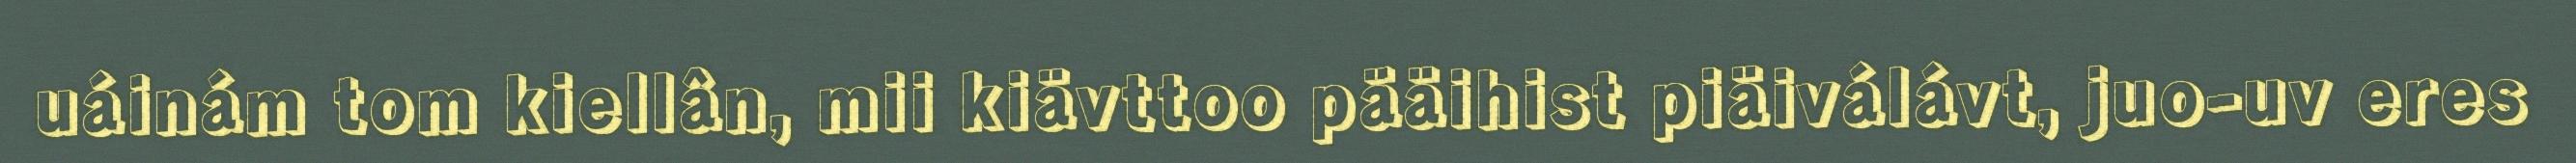
uáinám tom kiellân, mii kiävttoo pääihist piäiválávt, juo-uv eres